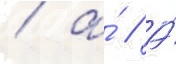
/ а́ // А́